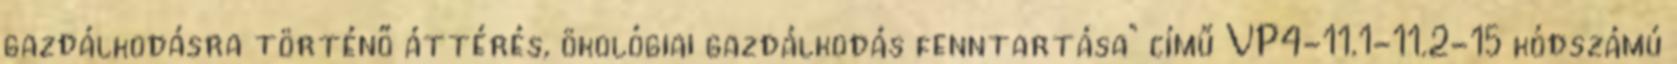
gazdálkodásra történő áttérés, ökológiai gazdálkodás fenntartása” című VP4-11.1-11.2-15 kódszámú